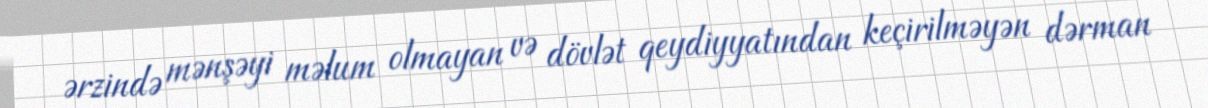
ərzində mənşəyi məlum olmayan və dövlət qeydiyyatından keçirilməyən dərman